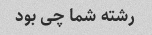
رشته شما چی بود